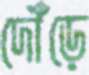
দৌঁড়ে